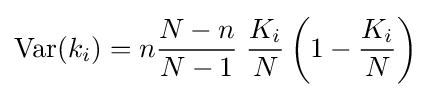
\operatorname {Var} (k_{i})=n{\frac {N-n}{N-1}}\;{\frac {K_{i}}{N}}\left(1-{\frac {K_{i}}{N}}\right)